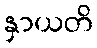
နှာယတိ